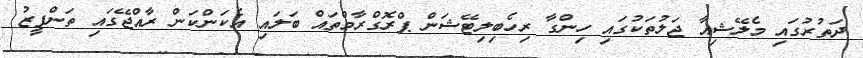
ދަތުރުގައި މެލޭޝިއާ ޖަލުތަކުގައި ހިންގާ ރިހެބިލިޓޭޝަން ޕްރޮގްރާމްތައް ބަލައި އެކަންކަން ރާއްޖޭގައި ތަންފީޒު